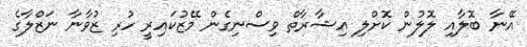
އޭނާ ބޮލާއި ލޮލުން ކޮށްލި އިޝާރާތް ވިސްނިގެން މޭޒުކައިރީ ހުރި ޒުވާނާ ނަޒްލާގެ